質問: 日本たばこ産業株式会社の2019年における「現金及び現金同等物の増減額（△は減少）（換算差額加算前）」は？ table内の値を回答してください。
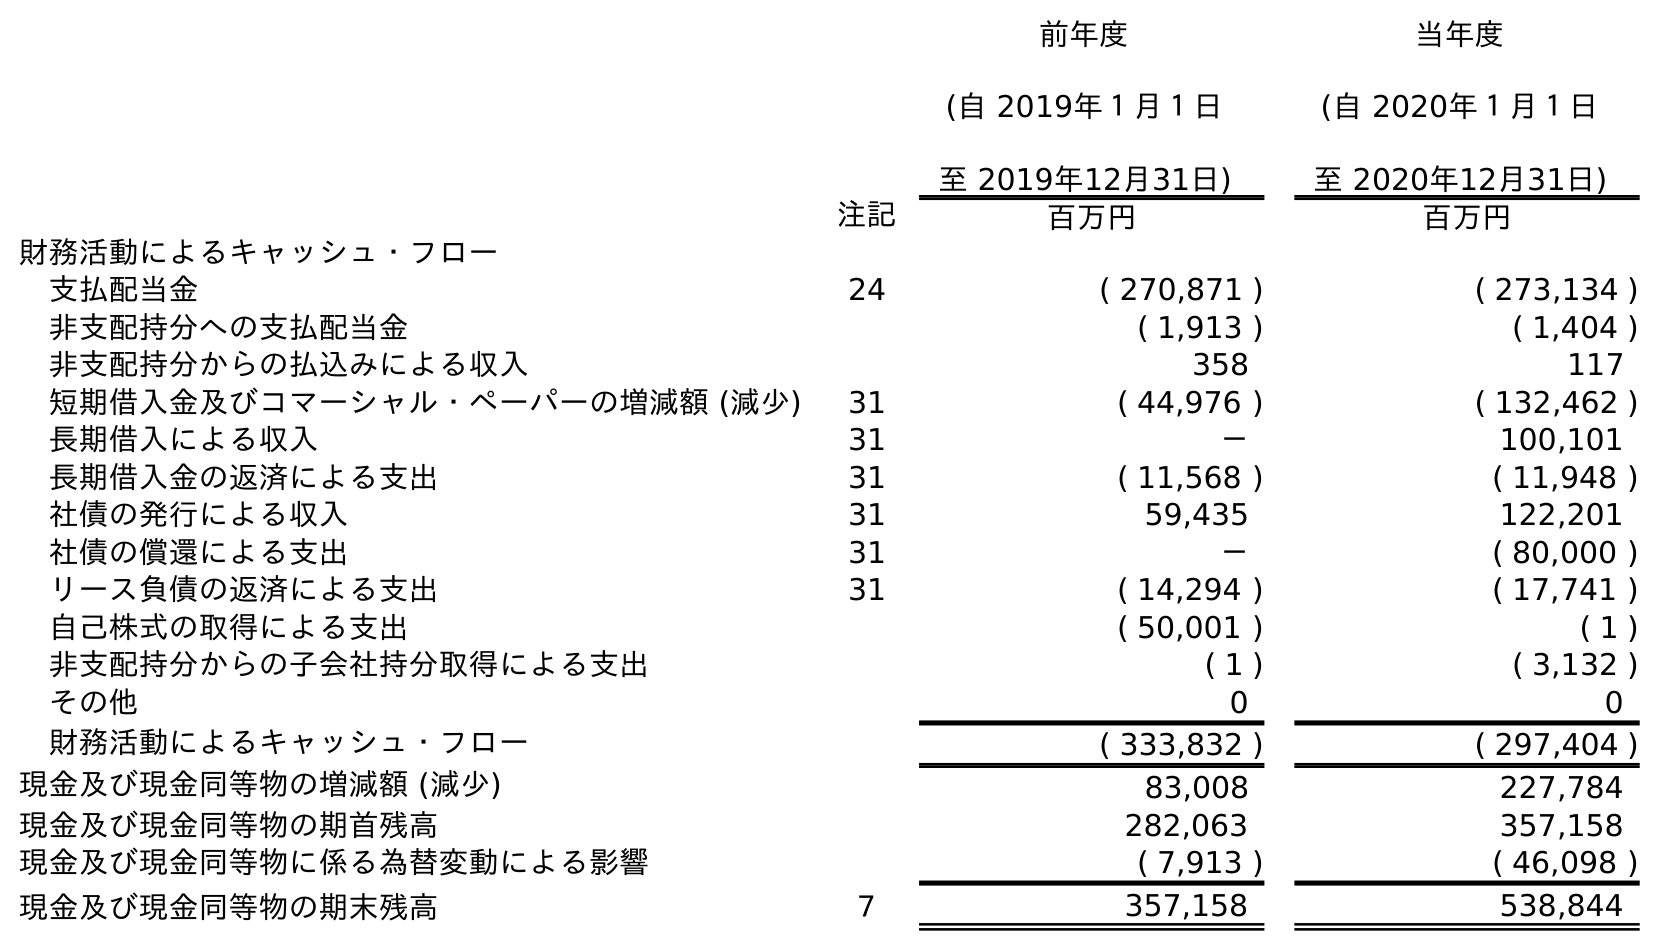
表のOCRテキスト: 前年度 (自 2019年１月１日 至 2019年12月31日) 当年度 (自 2020年１月１日 至 2020年12月31日) 注記 百万円 百万円 財務活動によるキャッシュ・フロー 支払配当金 24 ( 270,871 ) ( 273,134 ) 非支配持分への支払配当金 ( 1,913 ) ( 1,404 ) 非支配持分からの払込みによる収入 358 117 短期借入金及びコマーシャル・ペーパーの増減額 (減少) 31 ( 44,976 ) ( 132,462 ) 長期借入による収入 31 － 100,101 長期借入金の返済による支出 31 ( 11,568 ) ( 11,948 ) 社債の発行による収入 31 59,435 122,201 社債の償還による支出 31 － ( 80,000 ) リース負債の返済による支出 31 ( 14,294 ) ( 17,741 ) 自己株式の取得による支出 ( 50,001 ) ( 1 ) 非支配持分からの子会社持分取得による支出 ( 1 ) ( 3,132 ) その他 0 0 財務活動によるキャッシュ・フロー ( 333,832 ) ( 297,404 ) 現金及び現金同等物の増減額 (減少) 83,008 227,784 現金及び現金同等物の期首残高 282,063 357,158 現金及び現金同等物に係る為替変動による影響 ( 7,913 ) ( 46,098 ) 現金及び現金同等物の期末残高 ７ 357,158 538,844
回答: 83,008